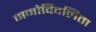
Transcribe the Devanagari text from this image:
मनोविदलिता